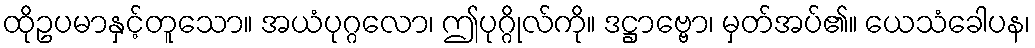
ထိုဥပမာနှင့်တူသော။ အယံပုဂ္ဂလော၊ ဤပုဂ္ဂိုလ်ကို။ ဒဋ္ဌာဗ္ဗော၊ မှတ်အပ်၏။ ယေသံခေါပန၊